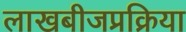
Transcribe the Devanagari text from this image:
लाखबीजप्रक्रिया